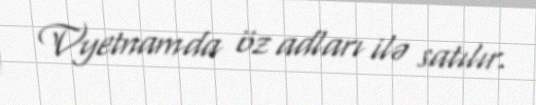
Vyetnamda öz adları ilə satılır.